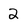
Character: 2